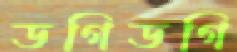
ডগিডগি